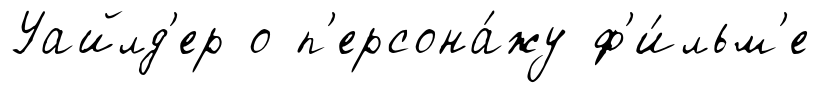
Уайлд'ер о п'ерсона́жу ф'и́льм'е